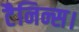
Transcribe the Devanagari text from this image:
टैनिन्स।